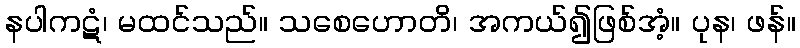
နပါကဋံ၊ မထင်သည်။ သစေဟောတိ၊ အကယ်၍ဖြစ်အံ့။ ပုန၊ ဖန်။